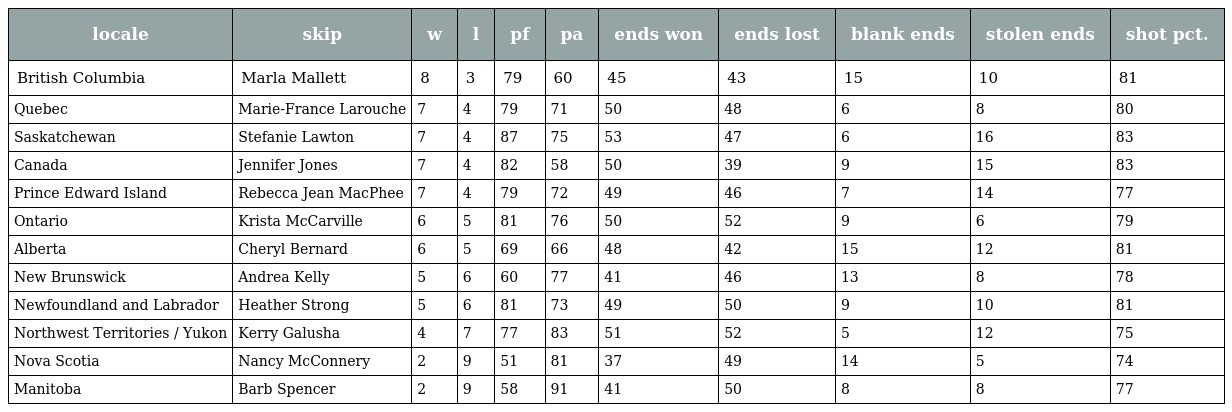
| locale | skip | w | l | pf | pa | ends won | ends lost | blank ends | stolen ends | shot pct. |
 | --- | --- | --- | --- | --- | --- | --- | --- | --- | --- | --- |
 | British Columbia | Marla Mallett | 8 | 3 | 79 | 60 | 45 | 43 | 15 | 10 | 81 |
 | Quebec | Marie-France Larouche | 7 | 4 | 79 | 71 | 50 | 48 | 6 | 8 | 80 |
 | Saskatchewan | Stefanie Lawton | 7 | 4 | 87 | 75 | 53 | 47 | 6 | 16 | 83 |
 | Canada | Jennifer Jones | 7 | 4 | 82 | 58 | 50 | 39 | 9 | 15 | 83 |
 | Prince Edward Island | Rebecca Jean MacPhee | 7 | 4 | 79 | 72 | 49 | 46 | 7 | 14 | 77 |
 | Ontario | Krista McCarville | 6 | 5 | 81 | 76 | 50 | 52 | 9 | 6 | 79 |
 | Alberta | Cheryl Bernard | 6 | 5 | 69 | 66 | 48 | 42 | 15 | 12 | 81 |
 | New Brunswick | Andrea Kelly | 5 | 6 | 60 | 77 | 41 | 46 | 13 | 8 | 78 |
 | Newfoundland and Labrador | Heather Strong | 5 | 6 | 81 | 73 | 49 | 50 | 9 | 10 | 81 |
 | Northwest Territories / Yukon | Kerry Galusha | 4 | 7 | 77 | 83 | 51 | 52 | 5 | 12 | 75 |
 | Nova Scotia | Nancy McConnery | 2 | 9 | 51 | 81 | 37 | 49 | 14 | 5 | 74 |
 | Manitoba | Barb Spencer | 2 | 9 | 58 | 91 | 41 | 50 | 8 | 8 | 77 |